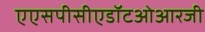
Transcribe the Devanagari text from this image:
एएसपीसीएडॉटओआरजी